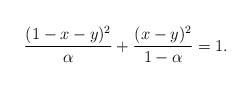
LaTeX: \begin{align*}\frac{(1-x-y)^2}{\alpha}+\frac{(x-y)^2}{1-\alpha}=1.\end{align*}